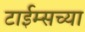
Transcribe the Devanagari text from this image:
टाईम्सच्या